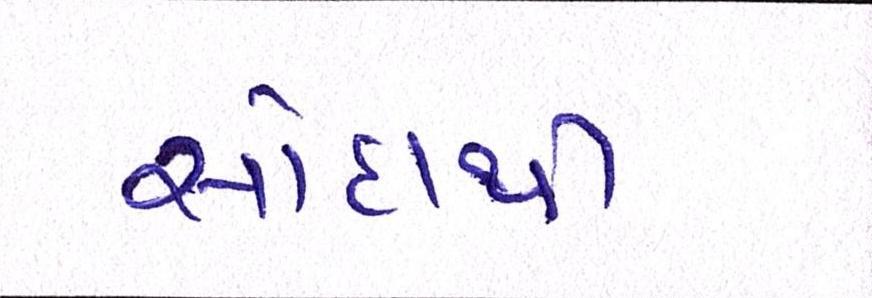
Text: સોદાથી